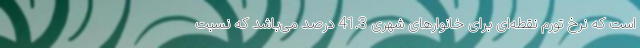
است که نرخ تورم نقطه‌ای برای خانوارهای شهری 41.3 درصد می‌باشد که نسبت